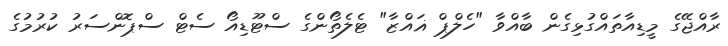
ރާއްޖޭގެ މީޑިއާތައްގުޅިގެން ބާއްވާ "ހެލްޕް ޣައްޒާ" ޓެލެތޯންގެ ސްޓޫޑިއޯ ސެޓް ސްޕޮންސަރު ކުރުމުގެ